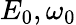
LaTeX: E_{0},\omega_{0}